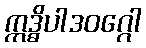
ဣဒ္ဓိပါဒဝဂ္ဂေါ